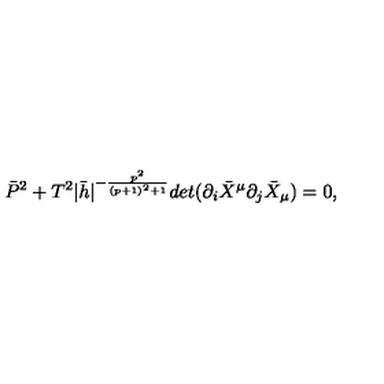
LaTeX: \bar { P } ^ { 2 } + T ^ { 2 } | \bar { h } | ^ { - \frac { p ^ { 2 } } { ( p + 1 ) ^ { 2 } + 1 } } d e t ( \partial _ { i } \bar { X } ^ { \mu } \partial _ { j } \bar { X } _ { \mu } ) = 0 ,